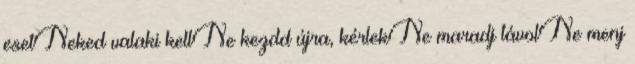
esetNeked valaki kellNe kezdd újra, kérlekNe maradj távolNe menj